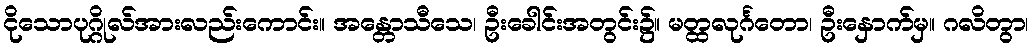
ငိုသောပုဂ္ဂိုလ်အားလည်းကောင်း။ အန္တောသီသေ၊ ဦးခေါင်းအတွင်း၌။ မတ္ထလုင်္ဂတော၊ ဦးနှောက်မှ။ ဂလိတွာ၊